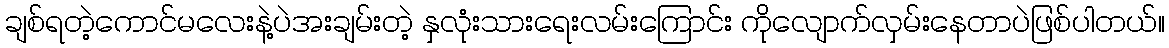
ချစ်ရတဲ့ကောင်မလေးနဲ့ပဲအးချမ်းတဲ့ နှလုံးသားရေးလမ်းကြောင်း ကိုလျောက်လှမ်းနေတာပဲဖြစ်ပါတယ်။